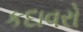
કદાવરો